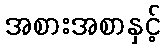
အစားအစာနှင့်